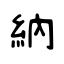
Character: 納